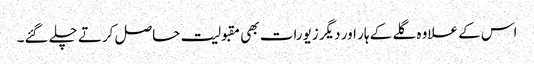
اس کے علاوہ گلے کے ہار اور دیگر زیورات بھی مقبولیت حاصل کرتے چلے گئے۔